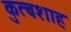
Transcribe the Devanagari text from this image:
कुत्बशाह